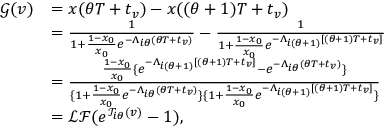
\begin{array} { r l } { \mathcal { G } ( v ) } & { = x ( \theta T + t _ { v } ) - x ( ( \theta + 1 ) T + t _ { v } ) } \\ & { = \frac { 1 } { 1 + \frac { 1 - x _ { 0 } } { x _ { 0 } } e ^ { - \Lambda _ { i \theta } ( \theta T + t _ { v } ) } } - \frac { 1 } { 1 + \frac { 1 - x _ { 0 } } { x _ { 0 } } e ^ { - \Lambda _ { i ( \theta + 1 ) } [ ( \theta + 1 ) T + t _ { v } ] } } } \\ & { = \frac { \frac { 1 - x _ { 0 } } { x _ { 0 } } \{ e ^ { - \Lambda _ { i ( \theta + 1 ) } [ ( \theta + 1 ) T + t _ { v } ] } - e ^ { - \Lambda _ { i \theta } ( \theta T + t _ { v } ) } \} } { \{ 1 + \frac { 1 - x _ { 0 } } { x _ { 0 } } e ^ { - \Lambda _ { i \theta } ( \theta T + t _ { v } ) } \} \{ 1 + \frac { 1 - x _ { 0 } } { x _ { 0 } } e ^ { - \Lambda _ { i ( \theta + 1 ) } [ ( \theta + 1 ) T + t _ { v } ] } \} } } \\ & { = \mathcal { L } \mathcal { F } ( e ^ { \mathcal { T } _ { i \theta } ( v ) } - 1 ) , } \end{array}